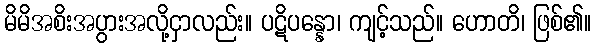
မိမိအစိးအပွားအလို့ငှာလည်း။ ပဋိပန္နော၊ ကျင့်သည်။ ဟောတိ၊ ဖြစ်၏။